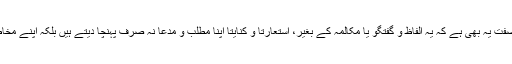
علامتی اظہار (Symbolism) کی ایک صفت یہ بھی ہے کہ یہ الفاظ و گفتگو یا مکالمہ کے بغیر، استعارتاً و کنایتاً اپنا مطلب و مدعا نہ صرف پہنچا دیتے ہیں بلکہ اپنے مخاطبین پر خاطر خواہ اثر بھی قائم کرتے ہیں۔